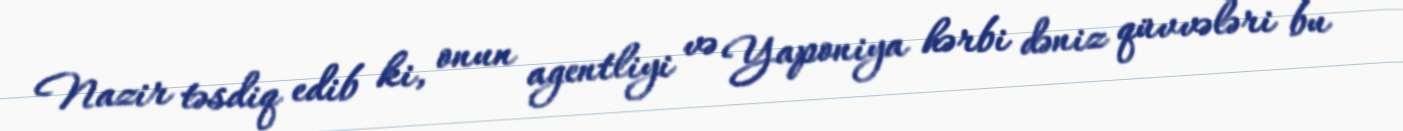
Nazir təsdiq edib ki, onun agentliyi və Yaponiya hərbi dəniz qüvvələri bu